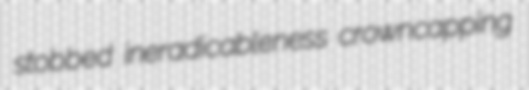
stobbed ineradicableness crowncapping